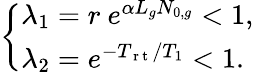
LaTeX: \left\{ \begin{array}{ll}{\lambda_{1}=r\ e^{\alpha L_{g}N_{0,g}}<1,}\\ {\lambda_{2}=e^{-T_{\mathrm{~r~t~}}/T_{1}}<1.}\end{array}\right.